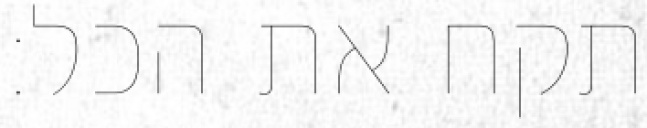
תקח את הכל: